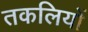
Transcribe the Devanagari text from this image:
तकलियों